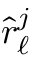
\hat { r } _ { \ell } ^ { j }